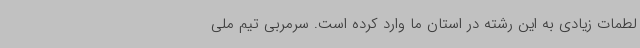
لطمات زیادی به این رشته در استان ما وارد کرده است. سرمربی تیم ملی